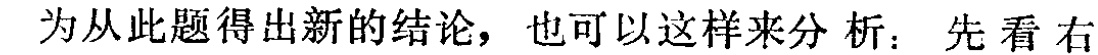
为从此题得出新的结论，也可以这样来分析：先看右